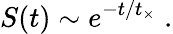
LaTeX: S(t)\sim e^{-t/t_{\times}}\; .